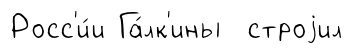
Росс'и́и Га́лк'ины строjил